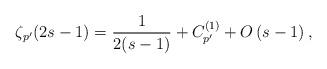
LaTeX: \begin{align*}\zeta_{p^{\prime}}(2s-1)=\frac{1}{2(s-1)}+C_{p^{\prime}}^{(1)}+O\left(s-1\right),\end{align*}